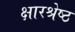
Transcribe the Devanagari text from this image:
क्षारश्रेष्ठ